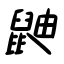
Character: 鼬